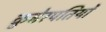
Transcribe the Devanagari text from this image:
कुबेरपतियों